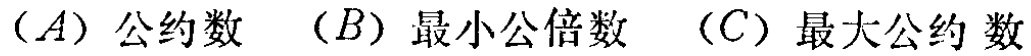
$(A)\ 公约数\quad (B)\ 最小公倍数\quad (C)\ 最大公约数$